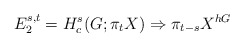
\begin{align*}E_2^{s,t}=H_c^s(G;\pi_tX) \Rightarrow \pi_{t-s}X^{hG}\end{align*}